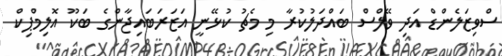
ސްވިޒަލެންޑް އަދި ވޭލްސް ބައްދަލުކުރާ މި މެޗު ކުޅޭނީ އަޒަރަބައިޖާންގެ ބަކޫ އޮލިމްޕިކް